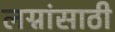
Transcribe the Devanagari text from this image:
लग्नांसाठी